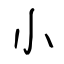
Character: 小